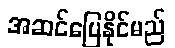
အဆင်ပြေနိုင်မည်